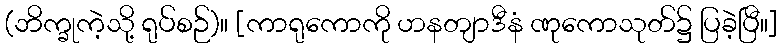
(ဘိက္ခုကဲ့သို့ ရုပ်စဉ်)။ [ကာရုကောကို ဟနတျာဒီနံ ဏုကောသုတ်၌ ပြခဲ့ပြီ။]